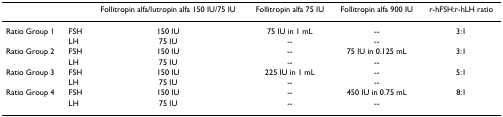
<table><thead><tr><td></td><td></td><td><b>Follitropin alfa/lutropin alfa 150 IU/75 IU</b></td><td><b>Follitropin alfa 75 IU</b></td><td><b>Follitropin alfa 900 IU</b></td><td><b>r-hFSH:r-hLH ratio</b></td></tr></thead><tbody><tr><td>Ratio Group 1</td><td>FSH</td><td>150 IU</td><td>75 IU in 1 mL</td><td>--</td><td>3:1</td></tr><tr><td></td><td>LH</td><td>75 IU</td><td>--</td><td>--</td><td></td></tr><tr><td>Ratio Group 2</td><td>FSH</td><td>150 IU</td><td>--</td><td>75 IU in 0.125 mL</td><td>3:1</td></tr><tr><td></td><td>LH</td><td>75 IU</td><td>--</td><td>--</td><td></td></tr><tr><td>Ratio Group 3</td><td>FSH</td><td>150 IU</td><td>225 IU in 1 mL</td><td>--</td><td>5:1</td></tr><tr><td></td><td>LH</td><td>75 IU</td><td>--</td><td>--</td><td></td></tr><tr><td>Ratio Group 4</td><td>FSH</td><td>150 IU</td><td>--</td><td>450 IU in 0.75 mL</td><td>8:1</td></tr><tr><td></td><td>LH</td><td>75 IU</td><td>--</td><td>--</td><td></td></tr></tbody></table>